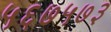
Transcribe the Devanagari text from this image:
५६७५७३